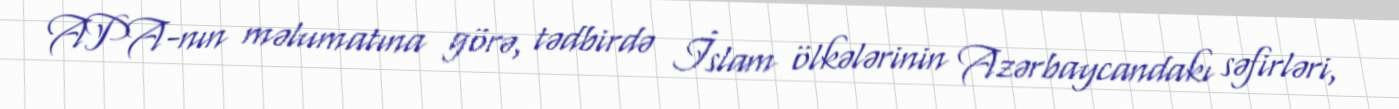
APA-nın məlumatına görə, tədbirdə İslam ölkələrinin Azərbaycandakı səfirləri,